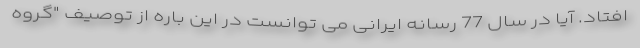
افتاد. آیا در سال 77 رسانه ایرانی می توانست در این باره از توصیف "گروه